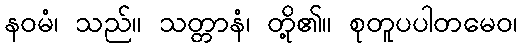
နဝမံ၊ သည်။ သတ္တာနံ၊ တို့၏။ စုတူပပါတမေဝ၊